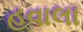
હવાલા